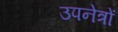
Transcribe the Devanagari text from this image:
उपनेत्रों